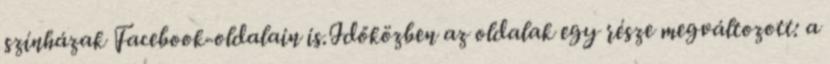
színházak Facebook-oldalain is.Időközben az oldalak egy része megváltozott: a